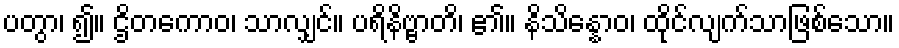
ပတွာ၊ ၍။ ဌိတကောဝ၊ သာလျှင်။ ပရိနိဗ္ဗာတိ၊ ၏။ နိသိန္နောဝ၊ ထိုင်လျက်သာဖြစ်သော။